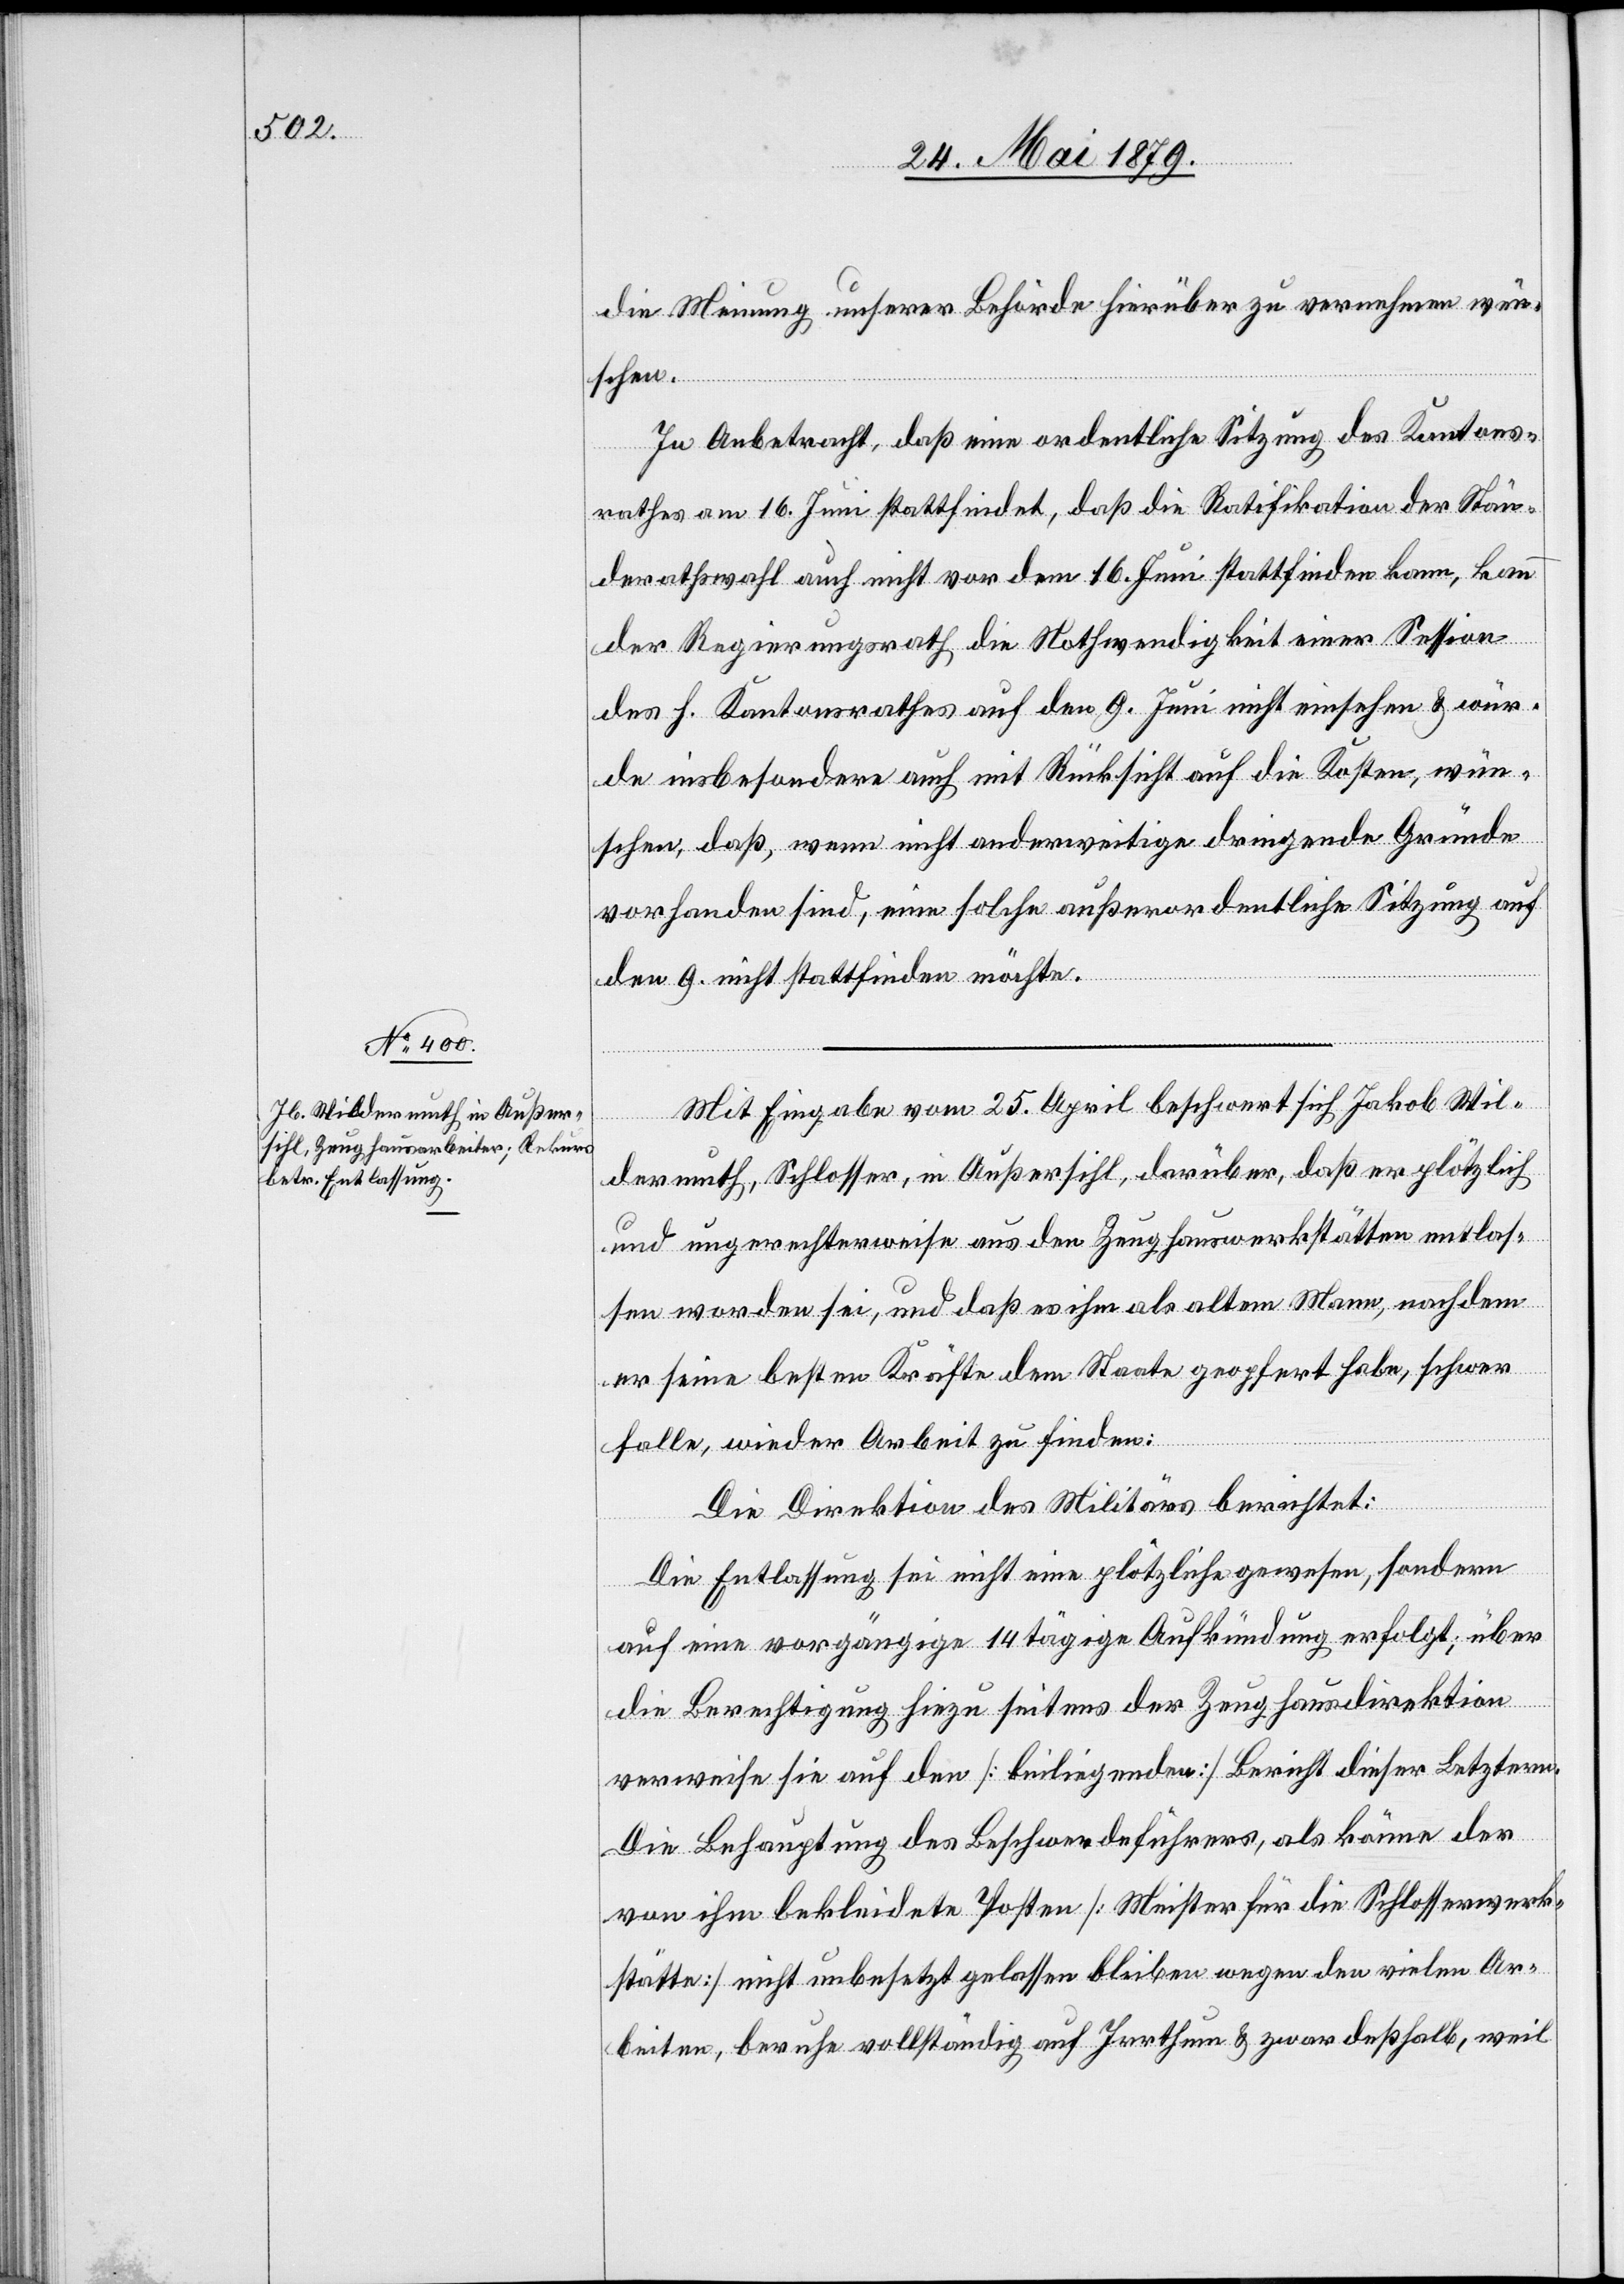
die Meinung unserer Behörde hierüber zu vernehmen wün¬
schen.
In Anbetracht, daß eine ordentliche Sitzung des Kantons¬
rathes am 16. Juni stattfindet, daß die Ratifikation der Stän¬
derathswahl auch nicht vor dem 16. Juni stattfinden kann, kann
der Regierungsrath die Nothwendigkeit einer Session
des h. Kantonsrathes auf den 9. Juni nicht einsehen & wür¬
de insbesondere auch mit Rücksicht auf die Kosten, wün¬
schen, daß, wenn nicht anderweitige dringende Gründe
vorhanden sind, eine solche außerordentliche Sitzung auf
den 9. nicht stattfinden möchte.
Mit Eingabe vom 25. April beschwert sich Jakob Wil¬
dermuth, Schlosser, in Außersihl, darüber, daß er plötzlich
und ungerechterweise aus den Zeughauswerkstätten entlas¬
sen worden sei, und daß es ihm als altem Mann, nachdem
er seine besten Kräfte dem Staate geopfert habe, schwer
falle, wieder Arbeit zu finden:
Die Direktion des Militärs berichtet:
Die Entlassung sei nicht eine plötzliche gewesen, sondern
auf eine vorgängige 14tägige Aufkündung erfolgt; über
die Berechtigung hiezu seitens der Zeughausdirektion
verweise sie auf den [beiliegenden] Bericht dieser Letztern.
Die Behauptung des Beschwerdeführers, als könne der
von ihm bekleidete Posten [Meister für die Schlosserwerk¬
stätte] nicht unbesetzt gelassen bleiben wegen den vielen Ar¬
beiten, beruhe vollständig auf Irrthum & zwar deßhalb, weil